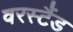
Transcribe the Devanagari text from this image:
वरस्टैंड